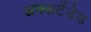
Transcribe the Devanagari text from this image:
अक्सटेंडेड